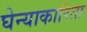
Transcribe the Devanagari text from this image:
घेन्याकारिता